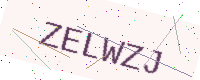
Text: ZELWZJ